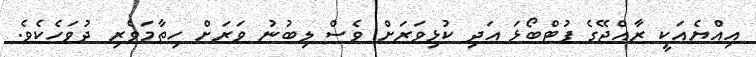
އިއްޔެއަކީ ރާއްޖޭގެ ފުޓްބޯޅަ އަދި ކުޅިވަރަށް ވެސް ލިބުނު ވަރަށް ހިތާމަވެރި ދުވަހެކެވެ.